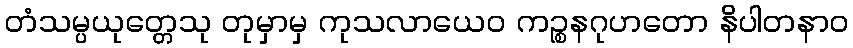
တံသမ္ပယုတ္တေသု တုမှာမှ ကုသလာယေဝ ကဉ္စနဂုဟတော နိပါတနာဝ